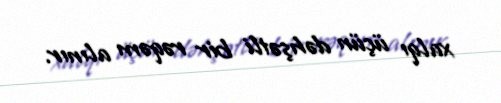
xalqı üçün dəhşətli bir rəqəm alınır.